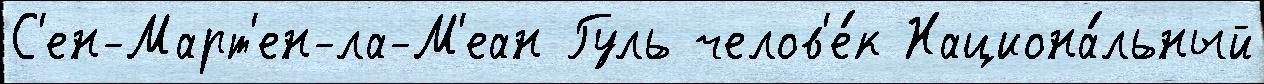
С'ен-Март'ен-ла-М'еан Гуль челов'е́к Национа́льный